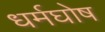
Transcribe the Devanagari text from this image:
धर्मघोष